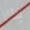
بك